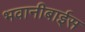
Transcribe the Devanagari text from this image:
भवानीबाईस